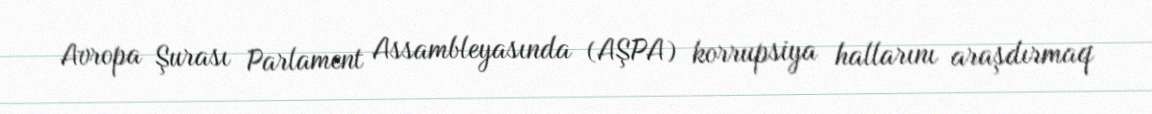
Avropa Şurası Parlament Assambleyasında (AŞPA) korrupsiya hallarını araşdırmaq